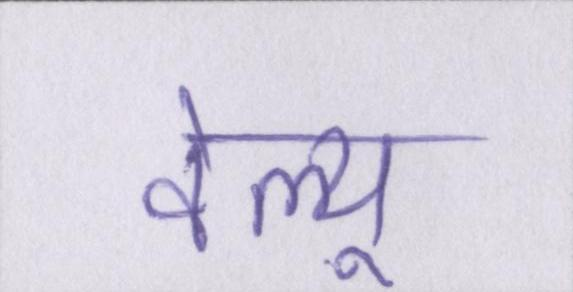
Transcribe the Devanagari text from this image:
वेल्यू